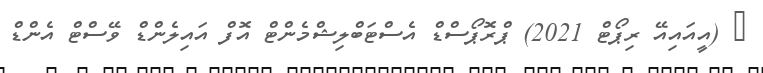
_ (އީއައިއޭ ރިޕޯޓް 2021) ޕްރޮޕޯސްޑް އެސްޓަބްލިޝްމެންޓް އޮފް އައިލެންޑް ވޭސްޓް އެންޑް